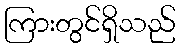
ကြားတွင်ရှိသည်